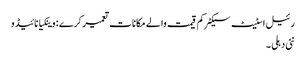
رئیل اسٹیٹ سیکٹر کم قیمت والے مکانات تعمیر کرے : وینکیا نائیڈو
نئی دہلی ۔